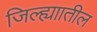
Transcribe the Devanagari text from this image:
जिल्ह्याातील